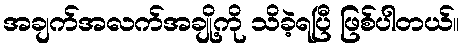
အချက်အလက်အချို့ကို သိခဲ့ရပြီ ဖြစ်ပါတယ်။